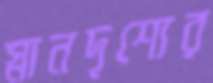
স্নানদৃশ্যের